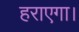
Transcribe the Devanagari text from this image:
हराएगा।